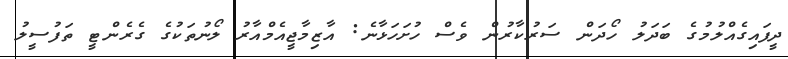
ދީފައިގެއްލުމުގެ ބަދަލު ހޯދަން ސަރުކާރުން ވެސް ހުށަހަޅާނެ: އާޒިމާޖީއެމްއާރު ލޯނުތަކުގެ ގެރެންޓީ ތަފުސީލު